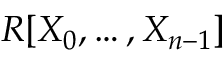
R [ X _ { 0 } , \dotsc , X _ { n - 1 } ]